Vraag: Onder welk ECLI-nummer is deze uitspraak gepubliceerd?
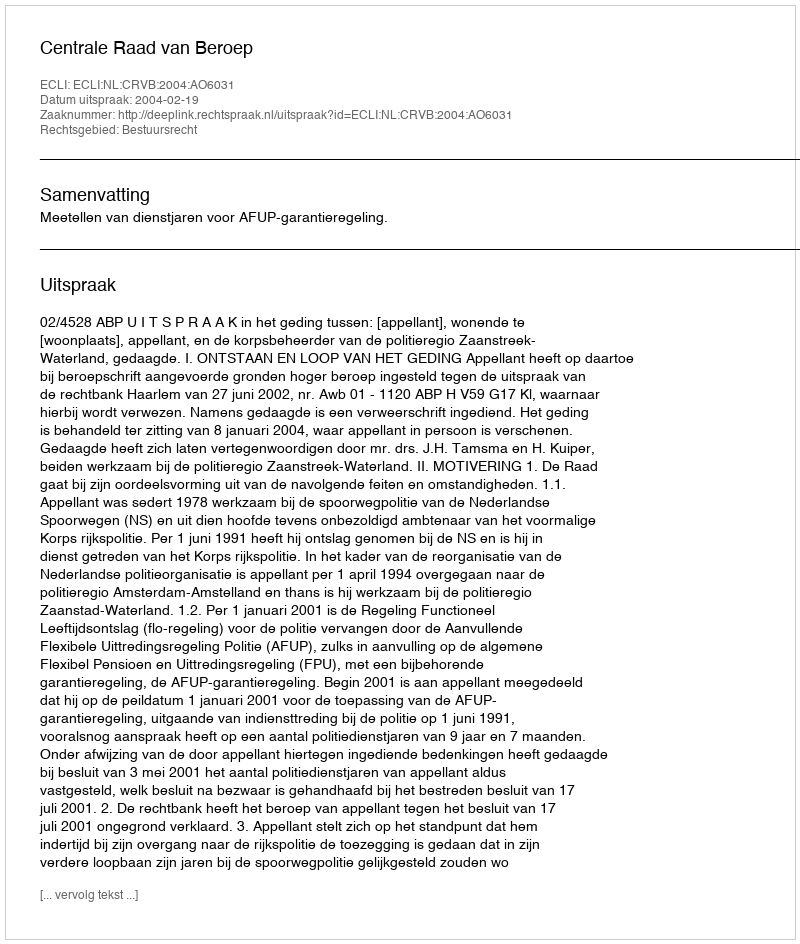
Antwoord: ECLI:NL:CRVB:2004:AO6031